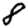
Digit: 8